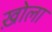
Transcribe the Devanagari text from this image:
ख़ोला